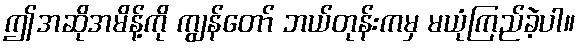
ဤအဆိုအမိန့်ကို ကျွန်တော် ဘယ်တုန်းကမှ မယုံကြည်ခဲ့ပါ။